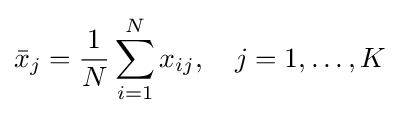
{\bar {x}}_{j}={\frac {1}{N}}\sum _{i=1}^{N}x_{ij},\quad j=1,\ldots ,K